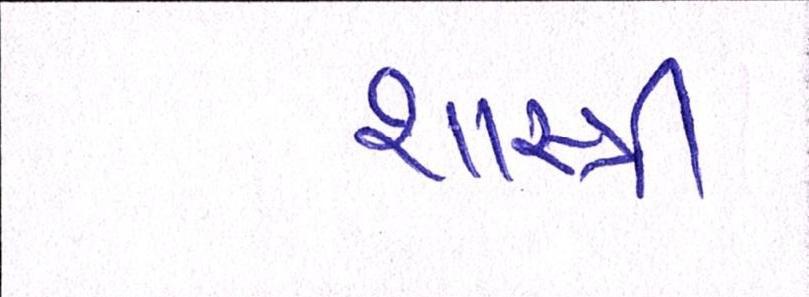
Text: શાસ્ત્રી